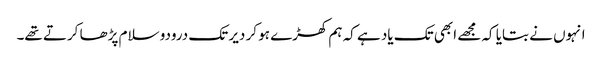
انہوں نے بتایا کہ مجھے ابھی تک یاد ہے کہ ہم کھڑے ہو کر دیر تک درودو سلام پڑھا کرتے تھے۔